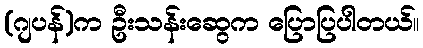
(ဂျပန်)က ဦးသန်းဆွေက ပြောပြပါတယ်။